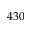
4 3 0